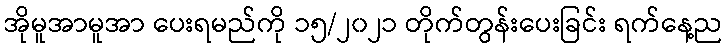
အိုမူအာမူအာ ပေးရမည်ကို ၁၅/၂၀၂၁ တိုက်တွန်းပေးခြင်း ရက်နေ့ည